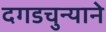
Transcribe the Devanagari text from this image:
दगडचुन्याने